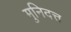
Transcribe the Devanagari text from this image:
मुनिदत्त